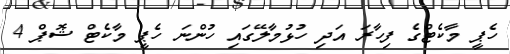
ހެޕީ މާކެޓްގެ ފިހާރަ އަދި ހުޅުމާލޭގައި ހުންނަ ހެޕީ މާކެޓް ޝޮޕް 4